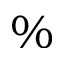
\%